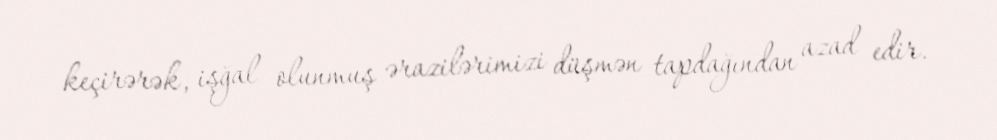
keçirərək, işğal olunmuş ərazilərimizi düşmən tapdağından azad edir.